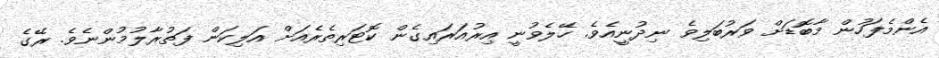
އެންމެފަހުން މާބޮޑަށް ވަރުބަލިވެ ނިދުނީއެވެ. ހޭލެވުނީ އިރުއަރައިގެން ކޮޓަރިތެރެއަށް އަލިކަން ފަތުރާލުމުންނެވެ. ރޭގެ